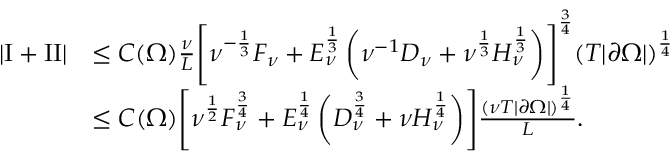
\begin{array} { r l } { \left\lvert \mathrm I + \mathrm { I I } \right\rvert } & { \le C ( \Omega ) \frac \nu L \Biggl [ \nu ^ { - \frac 1 3 } F _ { \nu } + E _ { \nu } ^ { \frac 1 3 } \left( \nu ^ { - 1 } D _ { \nu } + \nu ^ { \frac 1 3 } H _ { \nu } ^ { \frac 1 3 } \right) \Biggr ] ^ { \frac 3 4 } ( T | \partial \Omega | ) ^ { \frac 1 4 } } \\ & { \le { C ( \Omega ) } \Biggl [ \nu ^ { \frac 1 2 } F _ { \nu } ^ { \frac 3 4 } + E _ { \nu } ^ { \frac 1 4 } \left( D _ { \nu } ^ { \frac 3 4 } + \nu H _ { \nu } ^ { \frac 1 4 } \right) \Biggr ] \frac { ( \nu T | \partial \Omega | ) ^ { \frac 1 4 } } L . } \end{array}